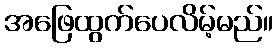
အဖြေထွက်ပေလိမ့်မည်။